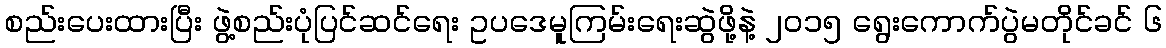
စည်းပေးထားပြီး ဖွဲ့စည်းပုံပြင်ဆင်ရေး ဥပဒေမူကြမ်းရေးဆွဲဖို့နဲ့ ၂၀၁၅ ရွေးကောက်ပွဲမတိုင်ခင် ၆